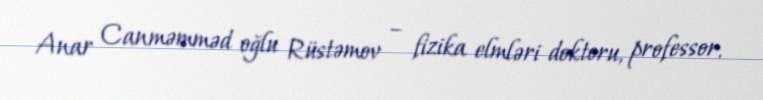
Anar Canməmməd oğlu Rüstəmov – fizika elmləri doktoru, professor.